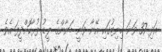
އަދި 37 ވަނަ މިނިޓުގައި އޭނާ ވަނީ ބަޔާންގެ ލީޑު ފުޅާކޮށްދީފަ އެވެ.